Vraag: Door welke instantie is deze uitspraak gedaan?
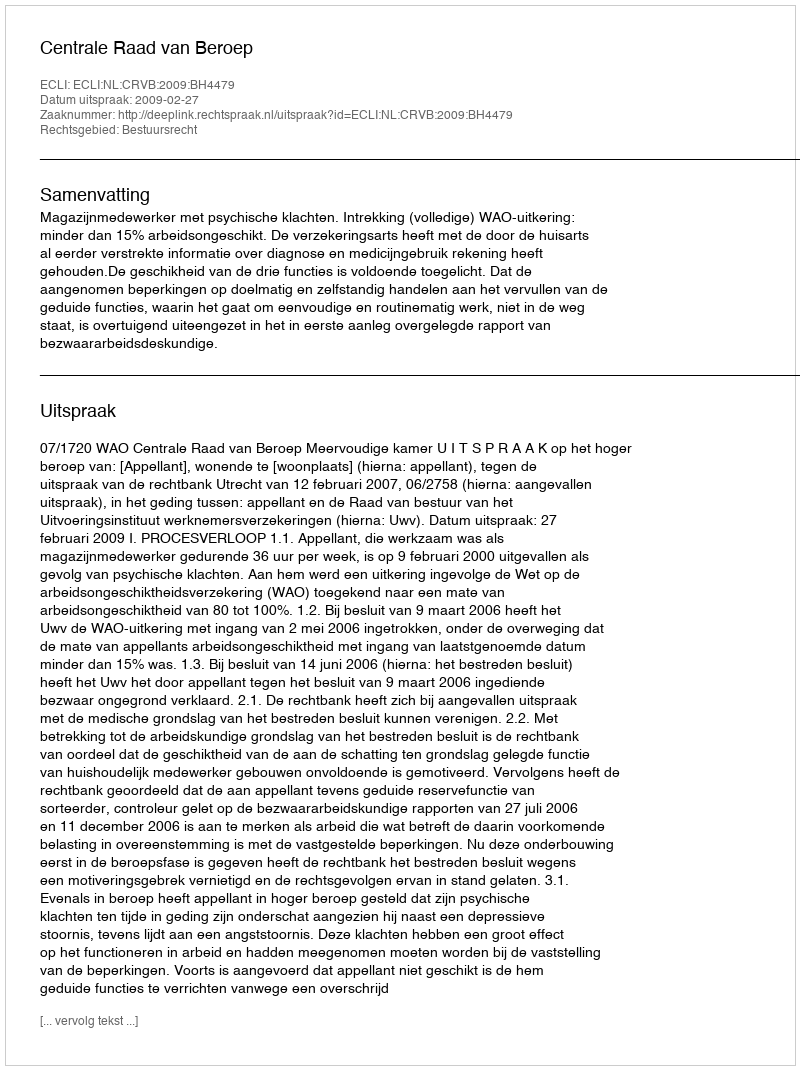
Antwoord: Centrale Raad van Beroep